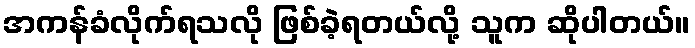
အကန်ခံလိုက်ရသလို ဖြစ်ခဲ့ရတယ်လို့ သူက ဆိုပါတယ်။